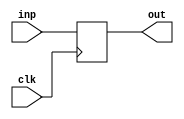
module reg32(clk,inp,out);
input clk;
input [31:0] inp;
output reg [31:0] out;
always@(posedge clk)
	out <= inp;
endmodule